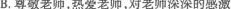
B.尊敬老师，热爱老师，对老师深深的感激